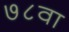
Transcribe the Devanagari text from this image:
७८वा